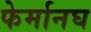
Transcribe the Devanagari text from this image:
फेर्मानघ